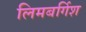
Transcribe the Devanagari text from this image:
लिमबर्गिश